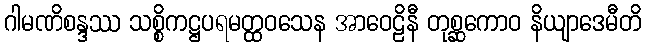
ဂါမဏိစန္ဒဿ သစ္စိကဋ္ဌပရမတ္ထဝသေန အာဝေဠိနီ တုစ္ဆကောဝ နိယျာဒေမီတိ